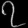
Digit: ၇